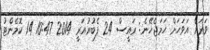
ވަރަށް އަވަހަށް ހަމަޖެހޭނެ: ރައީސް 24 ފެބުރުއަރީ 2014 10:47 14 ކޮމެންޓު